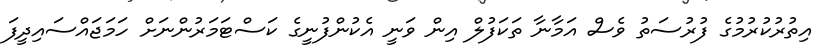
އިތުރުކުރުމުގެ ފުރުސަތު ވެސް އަމާނާ ތަކަފުލް އިން ވަނީ އެކުންފުނީގެ ކަސްޓަމަރުންނަށް ހަމަޖައްސައިދީފަ